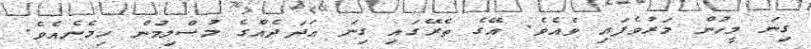
ގިނަ މީހުން މަރުވެފައި ވެއެވެ. އޭގެ ތެރޭގައި ގިނަ ޢަދަދެއްގެ މުސްލިމުން ހިމެނެއެވެ.